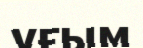
уғым